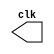

 // --------------------------- 
// -- test clock generator (1) 
// --------------------------- 
//--Nome:Fernando dos Santos Silva
//--Matricula:414506

module clock ( clk ); 
output clk; 
reg clk; 
initial 
begin 
clk = 1'b0; 
end 
always 
begin 
#12 clk = ~clk; 
end 
endmodule // clock ( ) 
module Exemplo0041; 
wire clk; 
clock CLK1 ( clk ); 
initial begin 
$dumpfile ( "Exemplo041.vcd" ); 
$dumpvars; 
#120 $finish; 
end 
endmodule // Exemplo041 ( )